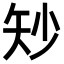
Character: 𪿉